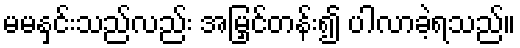
မမနှင်းသည်လည်း အမြှင်တန်း၍ ပါလာခဲ့ရသည်။